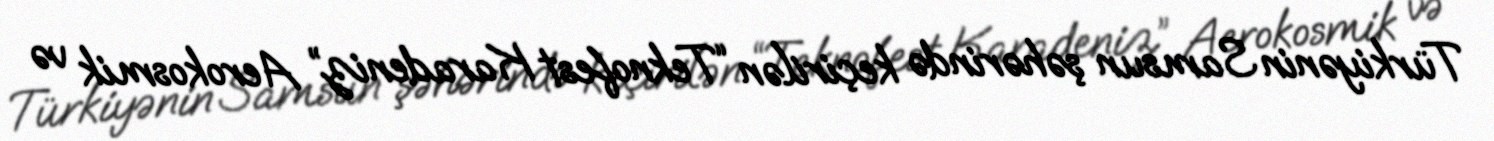
Türkiyənin Samsun şəhərində keçirilən “Teknofest Karadeniz” Aerokosmik və